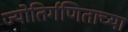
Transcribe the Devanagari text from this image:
ज्योतिर्गणिताच्या